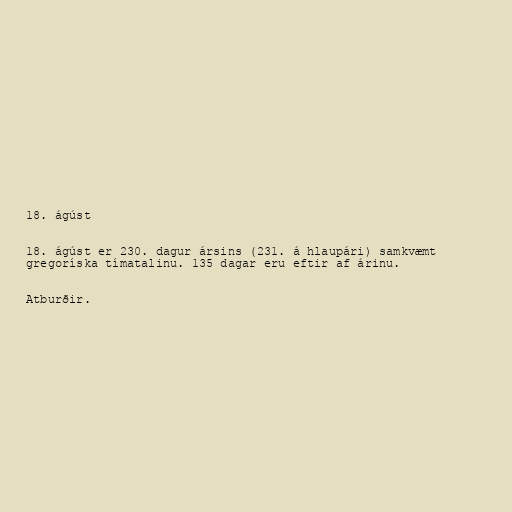
18. ágúst

18. ágúst er 230. dagur ársins (231. á hlaupári) samkvæmt
gregoríska tímatalinu. 135 dagar eru eftir af árinu.

Atburðir.